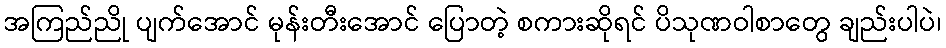
အကြည်ညို ပျက်အောင် မုန်းတီးအောင် ပြောတဲ့ စကားဆိုရင် ပိသုဏဝါစာတွေ ချည်းပါပဲ၊